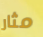
مثار